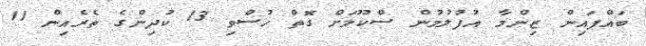
ބައްޕައިން ޒިންމާ އުފުލުމުން ސްކޫލަށް ގޮތް ހުސްވި 13 ކުދިންގެ ތެރެއިން 11